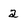
Character: 2